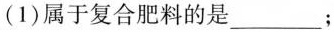
(1)属于复合肥料的是___；